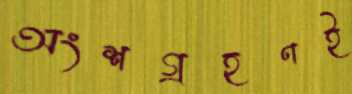
অংশগ্রহণই